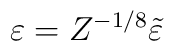
\varepsilon = Z^{-1/8} \tilde \varepsilon